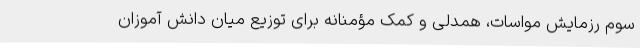
سوم رزمایش مواسات، همدلی و کمک مؤمنانه برای توزیع میان دانش آموزان